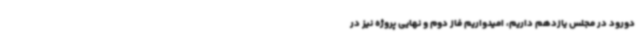
دورود در مجلس یازدهم داریم، امیدواریم فاز دوم و نهایی پروژه نیز در